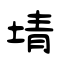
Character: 埥